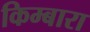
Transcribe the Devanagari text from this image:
किम्बारा